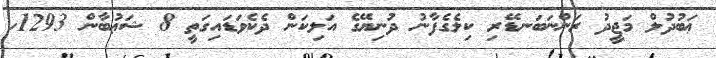
ޢަބުދުލް މަޖީދު ރަންނަބަނޑޭރި ކިލެގެފާނު ދުނިޔޭގެ އަލިކަން ދެކެވަޑައިގަތީ 8 ޝަޢުބާން 1293ހ